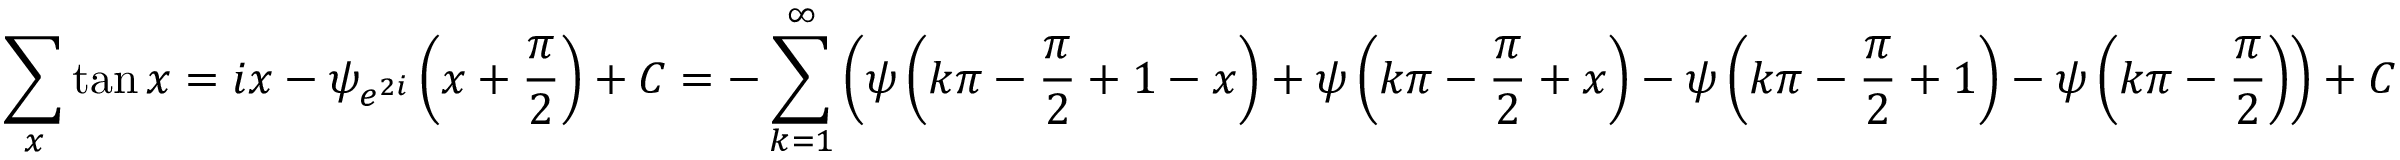
\sum _ { x } \tan x = i x - \psi _ { e ^ { 2 i } } \left( x + { \frac { \pi } { 2 } } \right) + C = - \sum _ { k = 1 } ^ { \infty } \left( \psi \left( k \pi - { \frac { \pi } { 2 } } + 1 - x \right) + \psi \left( k \pi - { \frac { \pi } { 2 } } + x \right) - \psi \left( k \pi - { \frac { \pi } { 2 } } + 1 \right) - \psi \left( k \pi - { \frac { \pi } { 2 } } \right) \right) + C